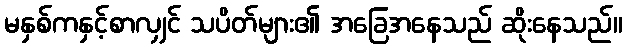
မနှစ်ကနှင့်စာလျှင် သပိတ်များ၏ အခြေအနေသည် ဆိုးနေသည်။